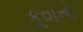
કૂવાનો